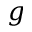
g